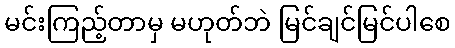
မင်းကြည့်တာမှ မဟုတ်ဘဲ မြင်ချင်မြင်ပါစေ